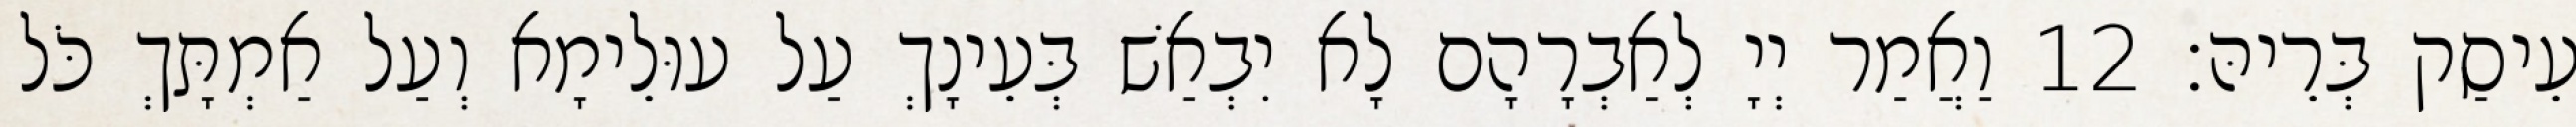
עֵיסַק בְּרֵיהּ׃ 12 וַאֲמַר יְיָ לְאַבְרָהָם לָא יִבְאַשׁ בְּעֵינָךְ עַל עוּלֵימָא וְעַל אַמְתָּךְ כֹּל